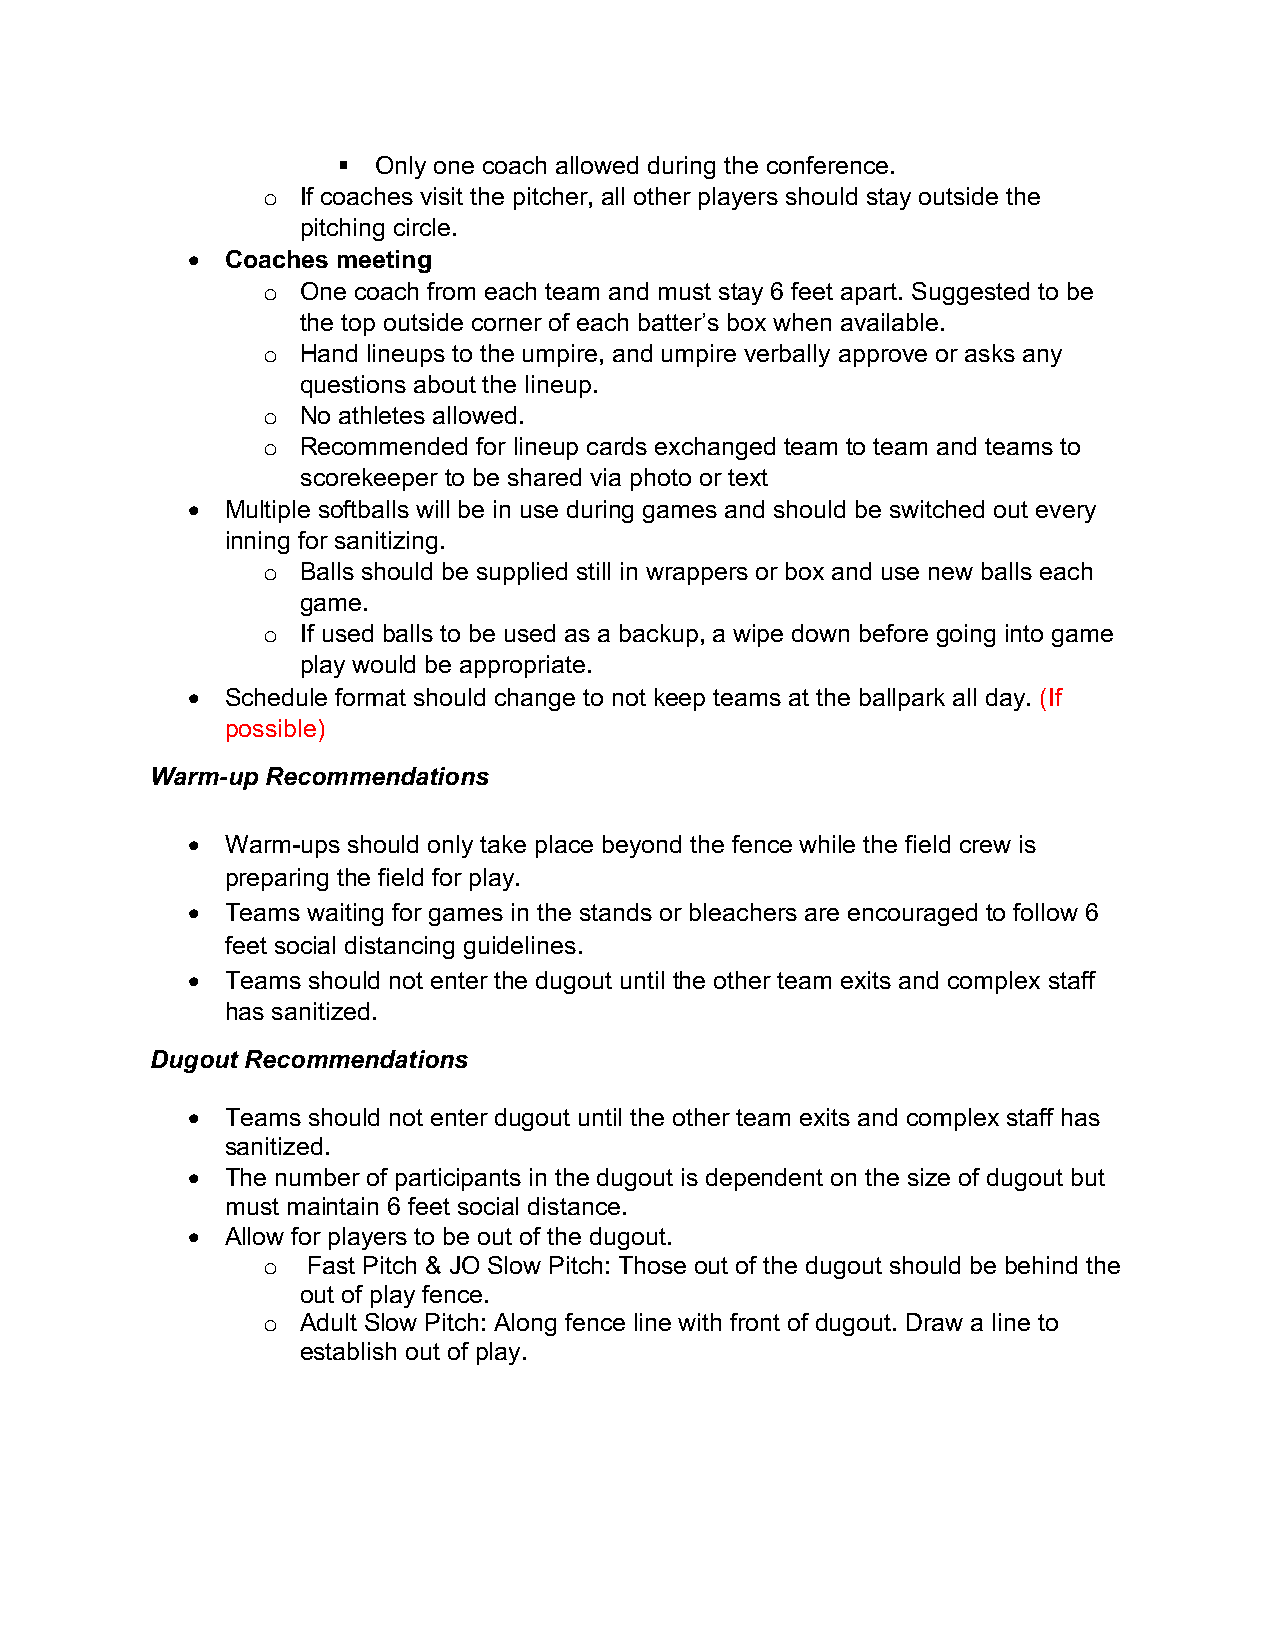
§  Only one coach allowed during the conference.
 o  If coaches visit the pitcher, all other players should stay outside the
 pitching circle.
 •  Coaches meeting
 o  One coach from each team and must stay 6 feet apart. Suggested to be
 the top outside corner of each batter’s box when available.
 o  Hand lineups to the umpire, and umpire verbally approve or asks any
 questions about the lineup.
 o  No athletes allowed.
 o  Recommended for lineup cards exchanged team to team and teams to
 scorekeeper to be shared via photo or text
 •  Multiple softballs will be in use during games and should be switched out every
 inning for sanitizing.
 o  Balls should be supplied still in wrappers or box and use new balls each
 game.
 o  If used balls to be used as a backup, a wipe down before going into game
 play would be appropriate.
 •  Schedule format should change to not keep teams at the ballpark all day. (If
 possible)
 Warm-up Recommendations
 •  Warm-ups should only take place beyond the fence while the field crew is
 preparing the field for play.
 •  Teams waiting for games in the stands or bleachers are encouraged to follow 6
 feet social distancing guidelines.
 •  Teams should not enter the dugout until the other team exits and complex staff
 has sanitized.
 Dugout Recommendations
 •  Teams should not enter dugout until the other team exits and complex staff has
 sanitized.
 •  The number of participants in the dugout is dependent on the size of dugout but
 must maintain 6 feet social distance.
 •  Allow for players to be out of the dugout.
 o  Fast Pitch & JO Slow Pitch: Those out of the dugout should be behind the
 out of play fence.
 o  Adult Slow Pitch: Along fence line with front of dugout. Draw a line to
 establish out of play.